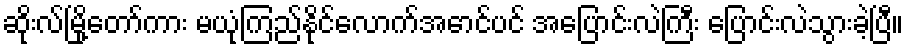
ဆိုးလ်မြို့တော်ကား မယုံကြည်နိုင်လောက်အောင်ပင် အပြောင်းလဲကြီး ပြောင်းလဲသွားခဲ့ပြီ။